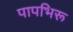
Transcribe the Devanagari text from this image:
पापभिरू